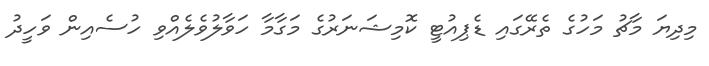
މިދިޔަ މާޗު މަހުގެ ތެރޭގައި ޑެޕިއުޓީ ކޮމިޝަނަރުގެ މަގާމާ ހަވާލުވެލެއްވި ހުސެއިން ވަހީދު